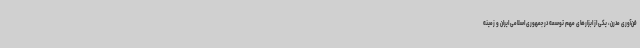
فن‌آوری مدرن، یکی از ابزارهای مهم توسعه در جمهوری اسلامی ایران و زمینه